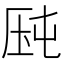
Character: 𰆛